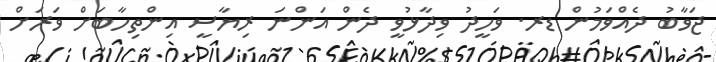
ޖަވާބު ދެއްވަމުން ޑރ. ވަހީދު ވިދާޅުވީ ދެން އަންނަ ރިޔާސީ އިންތިހާބަށް ވަރަށް